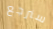
سنرجع